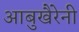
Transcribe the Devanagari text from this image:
आबुखैरेनी